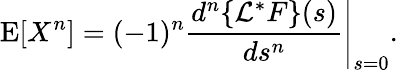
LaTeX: \operatorname{E}[X^{n}]=(-1)^{n}\left.{\frac{d^{n}\{ {\mathcal{L}}^{*}F\} (s)}{ds^{n}}}\right|_{s=0}.